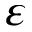
\varepsilon